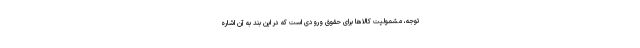
توجه، مشمولیت کالاها برای حقوق ورودی است که در این بند به آن اشاره